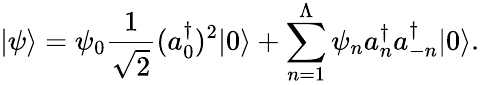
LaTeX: |\psi\rangle=\psi_{0}{\frac{1}{\sqrt{2}}}(a_{0}^{\dagger})^{2}|0\rangle+\sum_{n=1}^{\Lambda}\psi_{n}a_{n}^{\dagger}a_{-n}^{\dagger}|0\rangle.